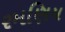
રમણિય